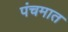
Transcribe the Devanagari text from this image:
पंचमात